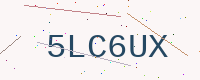
Text: 5LC6UX